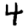
Digit: 4